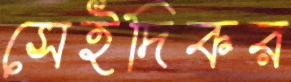
সেইদিকর